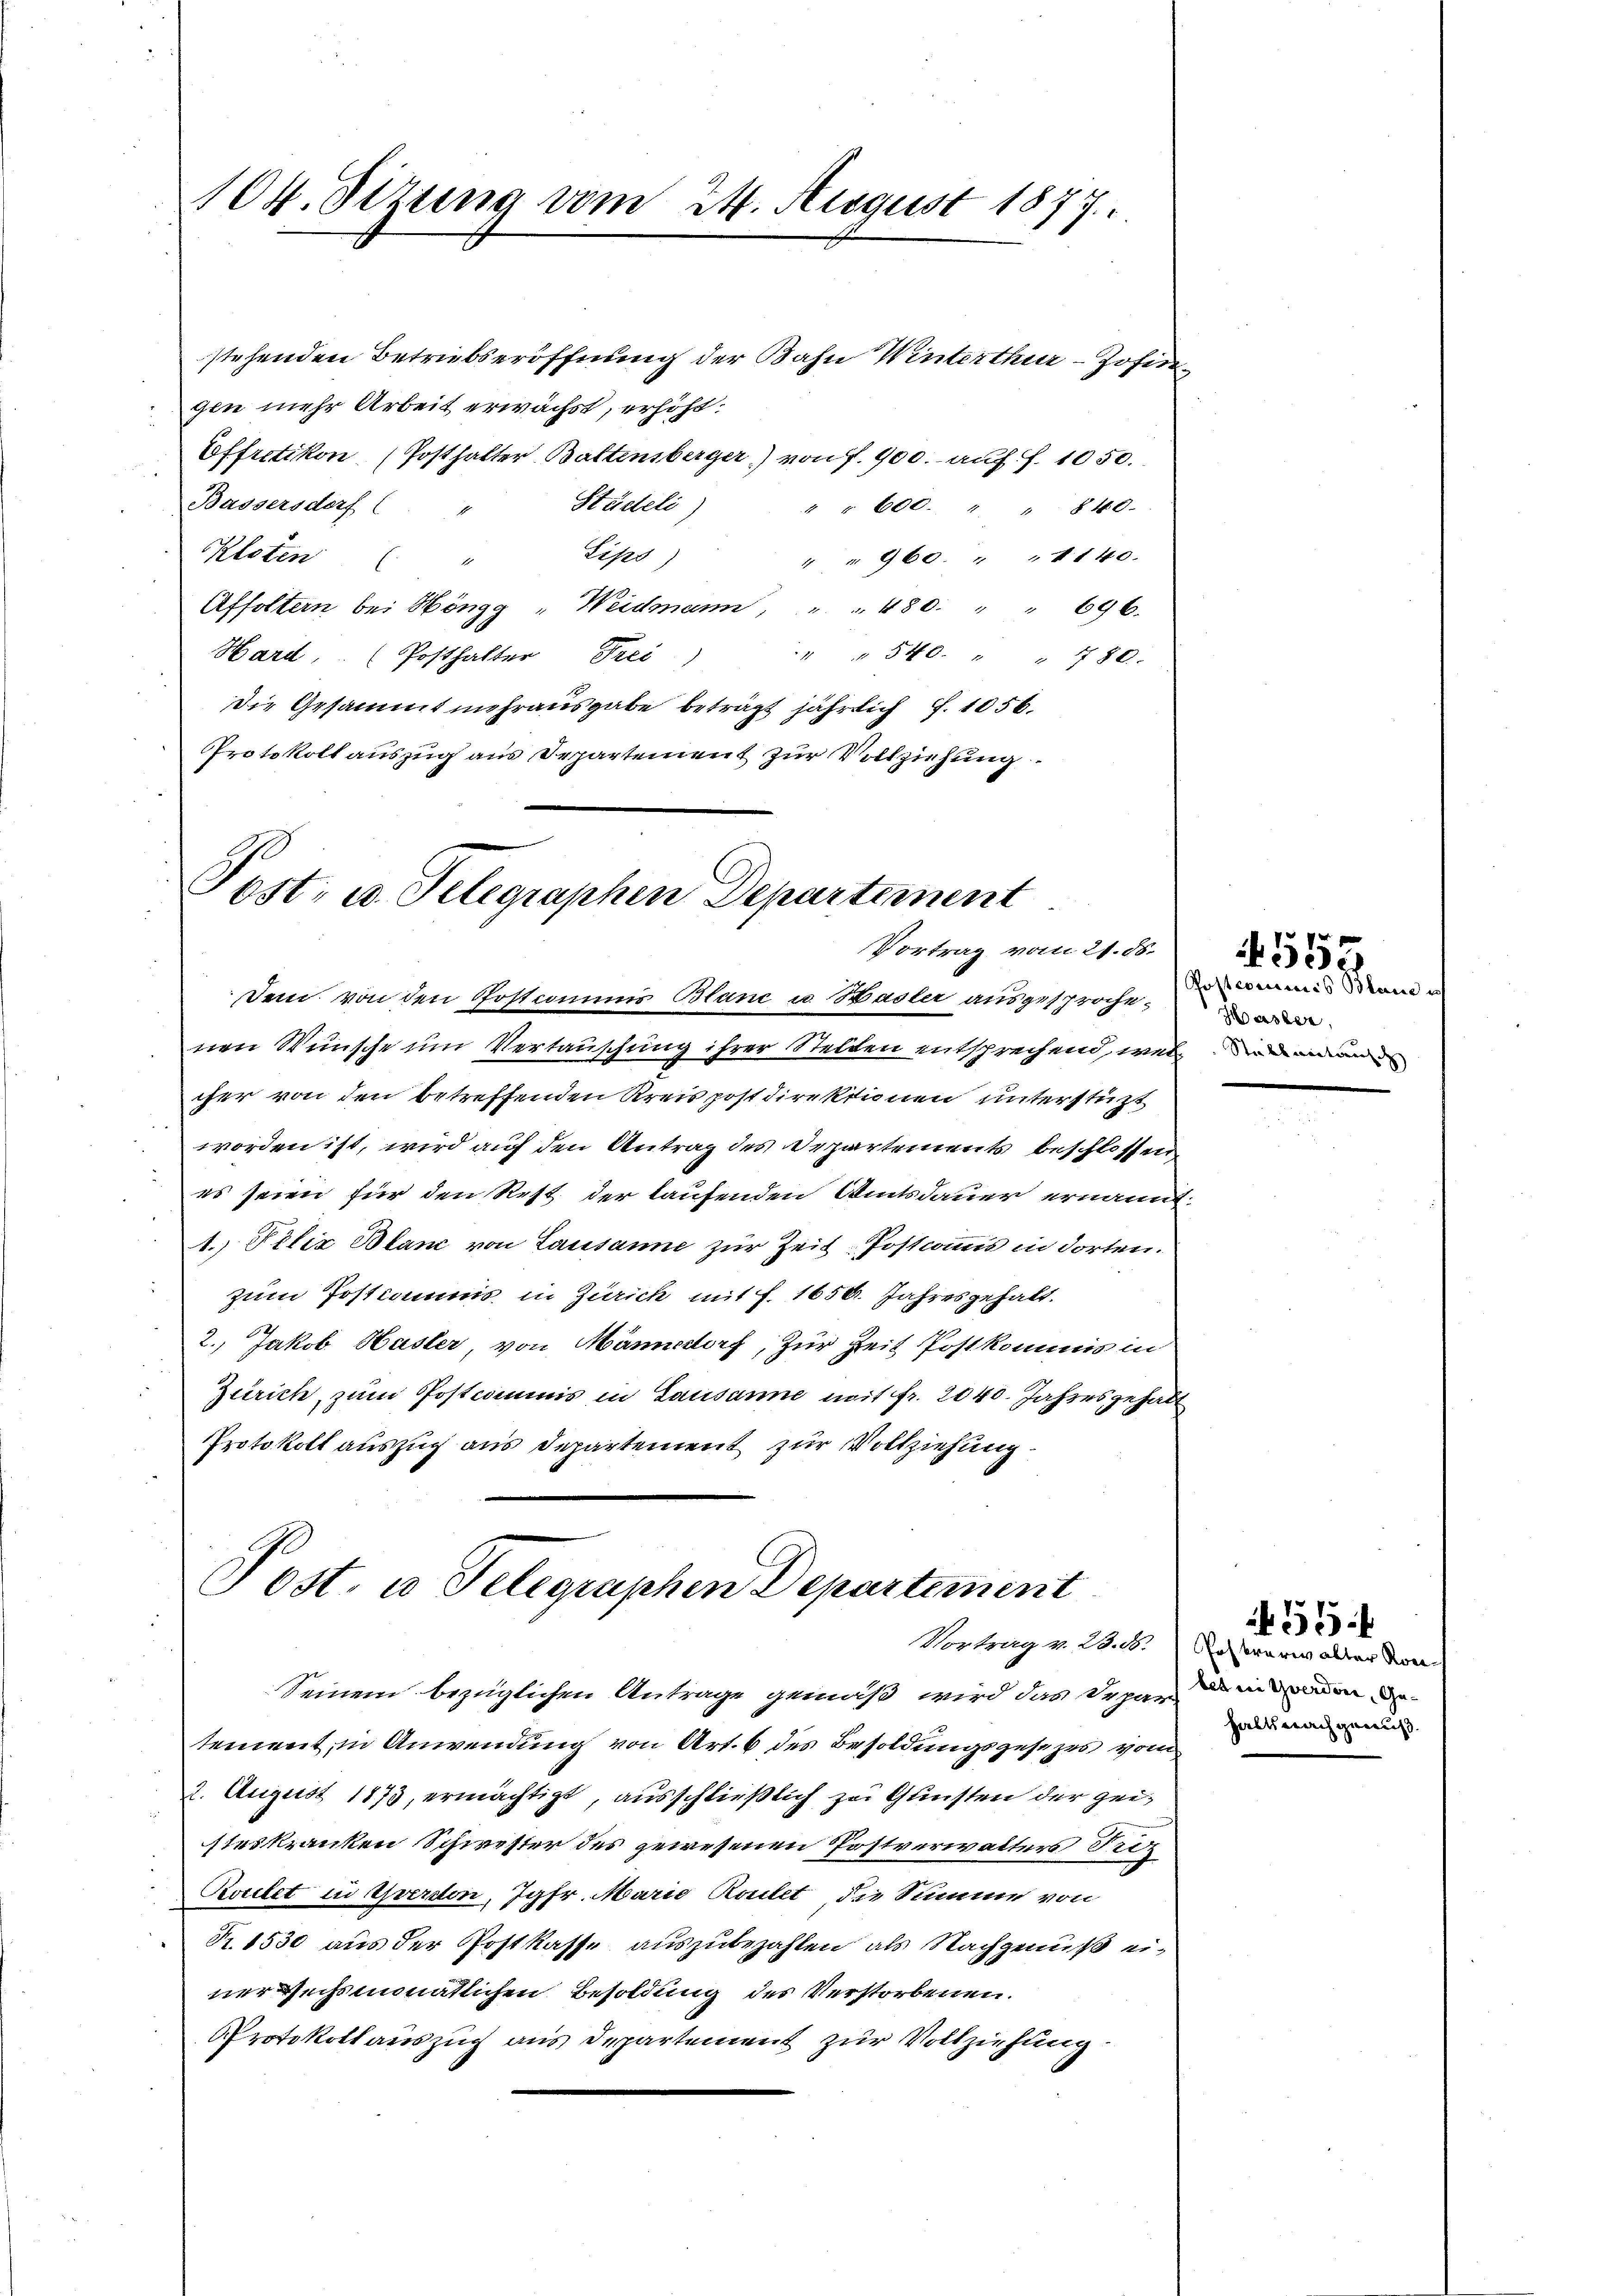
104. Sizung vom 24. August 1877.

Dem von den Postcomums Blanc u. Hasler ausgesprochenen Wünsche um Vertauschung ihrer Stellen entsprechend, was die man
cher von den betreffenden Kreis postdirektionen unterstüzt
worden ist, wird auf den Antrag des Departements beschlossen
es seien für den Rest der laufenden Amtsdauer ernannt.
1.) Pelix Blanc von Lausanne zur Zeit-Postcommis in dorten.
zum Postkommis in Zürich mit f. 1650. Jahresgehalt.
2.) Jakob Hasler, von Männedorf, zur Zeit Postkommis in
Zürich, zum Postcommis in Lausanne mit fr. 2040. Jahresgehalt
Protokoll auszug aus Departement zur Vollziehung

stehenden Betriebseröffnung der Bahn Winterthur–Zofingen mehr Arbeit erwächst, erhöht.
Offretikon, (Posthalter Battensberger) von f. 900. auf S. 1050.
Bassersdorf ( " Städteli)
" " 600. " " 840.
Sips)
" " 960. " " 1140.
Kloten ( "
Affoltern bei Höngg "Weidmann, " " 480. " " 696.
Hard, (Posthalter Frei
" " 540. " " 780.
Die Gesammt mehrausgabe beträgt jährlich f. 1056.
Protokollauszug aus Departement zur Vollziehung

Post- u. Telegraphen Departement
Vortrag vom 21. ds.

Post. u Telegraphen Departement

Seinem bezüglichen Antrage gemäß wird das Depar
tement, in Anwendung von Art. 6 des Besoldungsgesezes vom
2. August 1873, ermächtigt, ausschließlich zu Gunsten der geisteskranken Schwester des gewesenen Postverwalters Proz
Kotelet in Yverdon, Jgfr. Marie Routet, die Summe von
Nr. 1530 aus der Postkasse auszubezahlen, als Nachgenuß einer Wechsmonatlichen Besoldung des Verstorbenen.
Protokollauszug aus Departement zur Vollziehung

Postcommis Blaue
Hasler.

4555

Vortrag v. 28. 66. Erstrare alter Konbet in Yverdore, Ge-
halt nachgenuß.

55